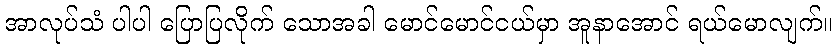
အာလုပ်သံ ပါပါ ပြောပြလိုက် သောအခါ မောင်မောင်ငယ်မှာ အူနာအောင် ရယ်မောလျက်။